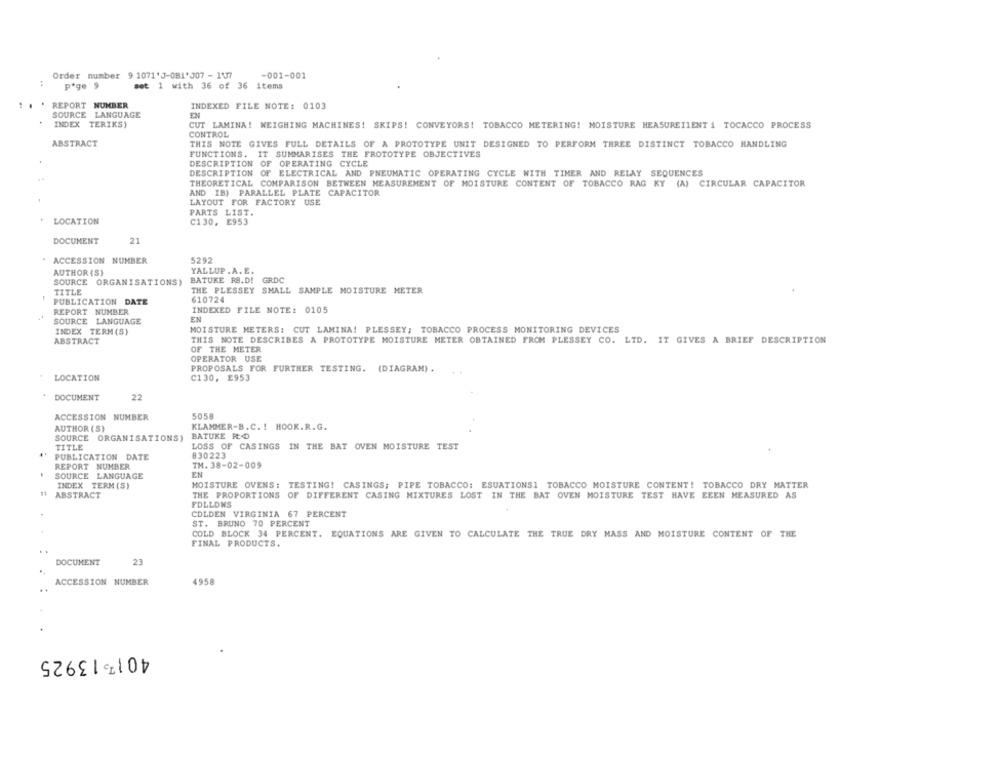
Order number 9 1071'J-0B1'307- 1177
-001-001
:
page 9
set 1 with 36 of 36 items
.. .
REPORT NUMBER
INDEXED FILE NOTE: 0103
SOURCE LANGUAGE
EN
INDEX TERIKS)
CUT LAMINA! WEIGHING MACHINES! SKIPS! CONVEYORS! TOBACCO METERING! MOISTURE HEASUREIIENT { TOCACCO PROCESS
CONTROL
ABSTRACT
THIS NOTE GIVES FULL DETAILS OF A PROTOTYPE UNIT DESIGNED TO PERFORM THREE DISTINCT TOBACCO HANDLING
FUNCTIONS. IT SUMMARISES THE PROTOTYPE OBJECTIVES
DESCRIPTION OF OPERATING CYCLE
DESCRIPTION OF ELECTRICAL AND PNEUMATIC OPERATING CYCLE WITH TIMER AND RELAY SEQUENCES
THEORETICAL COMPARISON BETWEEN MEASUREMENT OF MOISTURE CONTENT OF TOBACCO RAG KY (A) CIRCULAR CAPACITOR
AND IB) PARALLEL PLATE CAPACITOR
LAYOUT FOR FACTORY USE
PARTS LIST.
LOCATION
C130, E953
DOCUMENT
21
ACCESSION NUMBER
5292
AUTHOR (S)
YALLUP . A. E.
SOURCE ORGANISATIONS) BATUKE RS.D! GRDC
TITLE
THE PLESSEY SMALL SAMPLE MOISTURE METER
PUBLICATION DATE
610724
REPORT NUMBER
INDEXED FILE NOTE: 0105
EN
SOURCE LANGUAGE
INDEX TERM (S)
MOISTURE METERS: CUT LAMINA! PLESSEY; TOBACCO PROCESS MONITORING DEVICES
ABSTRACT
THIS NOTE DESCRIBES A PROTOTYPE MOISTURE METER OBTAINED FROM PLESSEY CO. LTD. IT GIVES A BRIEF DESCRIPTION
OF THE METER
OPERATOR USE
PROPOSALS FOR FURTHER TESTING. (DIAGRAM) .
LOCATION
C130, E953
DOCUMENT
22
ACCESSION NUMBER
5058
AUTHOR (S)
KLAMMER-B.C. I HOOK.R.G.
SOURCE ORGANISATIONS) BATUKE ROD
TITLE
LOSS OF CASINGS IN THE BAT OVEN MOISTURE TEST
PUBLICATION DATE
830223
REPORT NUMBER
TM. 38-02-009
SOURCE LANGUAGE
EN
INDEX TERM (S)
MOISTURE OVENS: TESTING! CASINGS; PIPE TOBACCO: ESUATIONSI TOBACCO MOISTURE CONTENT! TOBACCO DRY MATTER
ABSTRACT
THE PROPORTIONS OF DIFFERENT CASING MIXTURES LOST IN THE BAT OVEN MOISTURE TEST HAVE EEEN MEASURED AS
FOLLONS
CDLDEN VIRGINIA 67 PERCENT
ST. BRUNO 70 PERCENT
COLD BLOCK 34 PERCENT. EQUATIONS ARE GIVEN TO CALCULATE THE TRUE DRY MASS AND MOISTURE CONTENT OF THE
FINAL PRODUCTS.
DOCUMENT
23
ACCESSION NUMBER
4958
..
4017 13925